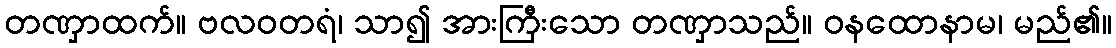
တဏှာထက်။ ဗလဝတရံ၊ သာ၍ အားကြီးသော တဏှာသည်။ ဝနထောနာမ၊ မည်၏။